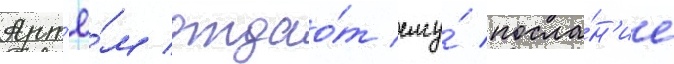
Арт'ё́м отдао́т ему́ посла́н'ие